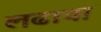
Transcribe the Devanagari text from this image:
लढायां